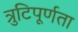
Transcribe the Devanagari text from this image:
त्रुटिपूर्णता